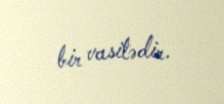
bir vasitədir.